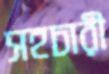
সহচারী